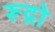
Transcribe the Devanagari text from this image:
रूद्रो